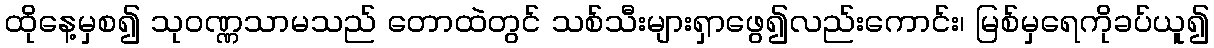
ထိုနေ့မှစ၍ သုဝဏ္ဏသာမသည် တောထဲတွင် သစ်သီးများရှာဖွေ၍လည်းကောင်း၊ မြစ်မှရေကိုခပ်ယူ၍